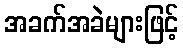
အခက်အခဲများဖြင့်